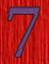
7